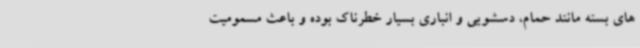
های بسته مانند حمام، دسشویی و انباری بسیار خطرناک بوده و باعث مسمومیت